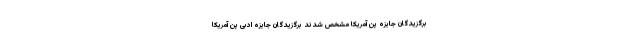
برگزیدگان جایزه پن آمریکا مشخص شدند برگزیدگان جایزه ادبی پن آمریکا